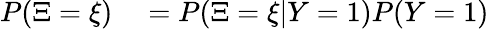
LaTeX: \begin{array}{rl}{P(\Xi=\xi)}&{{}=P(\Xi=\xi|Y=1)P(Y=1)}\end{array}